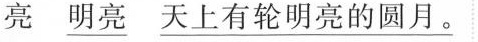
亮 \underline{明亮} \underline{天上有轮明亮的圆月。}